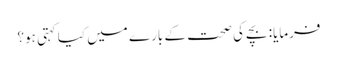
فرمایا: بچے کی صحت کے بارے میں کیا کہتی ہو؟